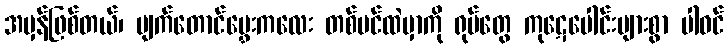
အမှန်ဖြစ်တယ်၊ မျက်တောင်မွှေးကလေး တစ်ပင်ထဲမှာကို ရုပ်တွေ ကုဋေပေါင်းများစွာ ပါဝင်